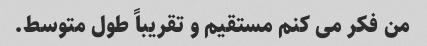
من فکر می کنم مستقیم و تقریباً طول متوسط.